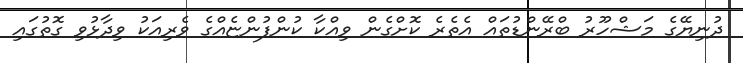
ދުނިޔޭގެ މަޝްހޫރު ބްރޭންޑުތައް އެތެރެ ކޮށްގެން ވިއްކާ ކުންފުންޏެއްގެ ވެރިއަކު ވިދާޅުވި ގޮތުގައި